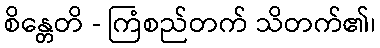
စိန္တေတိ - ကြံစည်တက် သိတက်၏၊